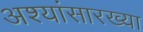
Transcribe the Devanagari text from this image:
अश्यांसारख्या